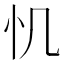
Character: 𢖯